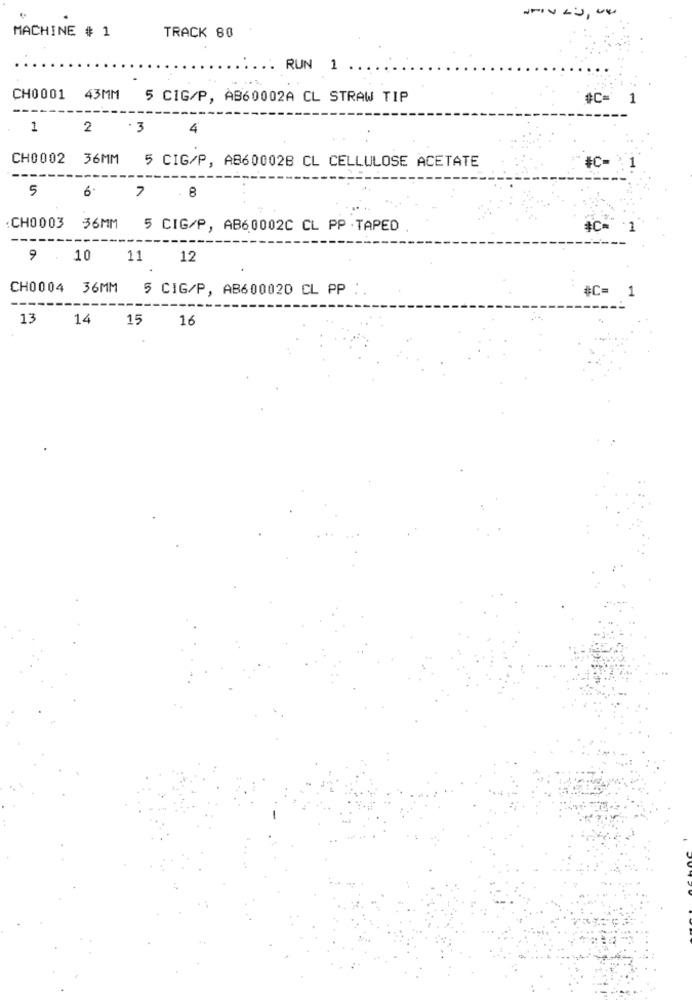
----
MACHINE # 1
TRACK 80
.. RUN 1 .
CH0001 43MM 5 CIG/P, AB60002A CL STRAW TIP
#C=
1
-----
1
2 . 3
4
CH0002 36MM 5 CIG/P, AB60002B CL CELLULOSE ACETATE
#C
----
5
6.
7
:CH0003 36MM 5 CIG/P, AB60002C CL PP . TAPED
·1
9 . 10
12
CH0004
36MM
5 CIG/P, AB600020 CL PP
1
#C= 1
---
13
14
15
16